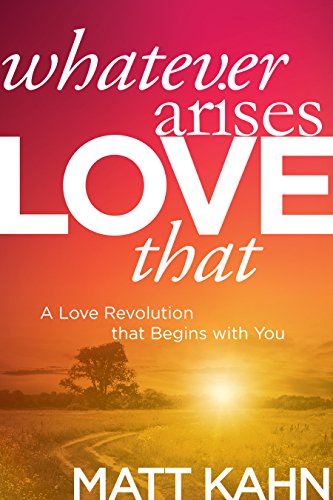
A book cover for Whatever Arises, Love That: A Love Revolution That Begins with You; Matt Kahn; Religion & Spirituality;